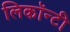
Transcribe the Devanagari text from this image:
लिकॉन्टी